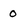
Character: 0